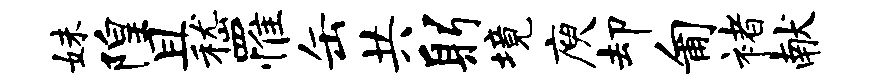
妹隍且嵇罹缶共躬境庾却匍褚献